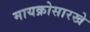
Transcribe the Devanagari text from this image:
मायक्रोसारखे